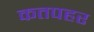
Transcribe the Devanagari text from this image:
कतपहर